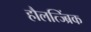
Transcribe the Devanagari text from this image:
हौलत्ज्ब्रिंक